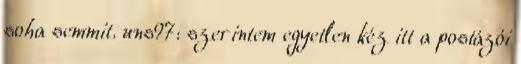
soha semmit. uns97: szerintem egyetlen kéz itt a postázói